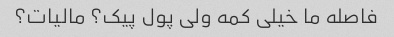
فاصله ما خیلی کمه ولی پول پیک؟ مالیات؟